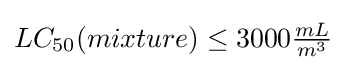
LC_{50}(mixture)\leq 3000{\tfrac {mL}{m^{3}}}